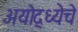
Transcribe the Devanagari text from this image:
अयोद्ध्येचे